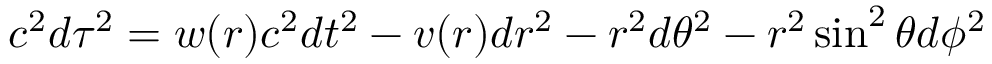
c ^ { 2 } d \tau ^ { 2 } = w ( r ) c ^ { 2 } d t ^ { 2 } - v ( r ) d r ^ { 2 } - r ^ { 2 } d \theta ^ { 2 } - r ^ { 2 } \sin ^ { 2 } \theta d \phi ^ { 2 }